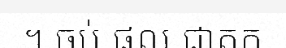
។ ចប់ ផល ជាតក